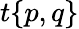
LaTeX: t{\left\{ \begin{array}{l}{p,q}\end{array}\right\} }